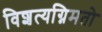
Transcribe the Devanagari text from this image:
विशत्यग्निमतो